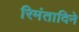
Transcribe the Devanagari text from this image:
रिमंतादिने